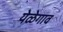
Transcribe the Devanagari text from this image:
येळेगाव